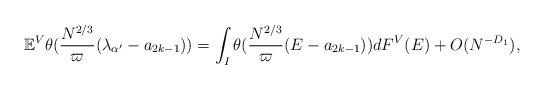
LaTeX: \begin{align*} \mathbb{E}^V \theta(\frac{N^{2/3}}{\varpi}(\lambda_{\alpha^{\prime}}-a_{2k-1}))=\int_I \theta(\frac{N^{2/3}}{\varpi}(E-a_{2k-1}))dF^V(E)+O(N^{-D_1}), \end{align*}